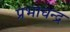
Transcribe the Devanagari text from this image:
प्रभाचन्द्र